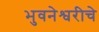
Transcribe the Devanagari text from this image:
भुवनेश्वरीचे